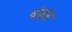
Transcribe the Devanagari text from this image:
बंसंत